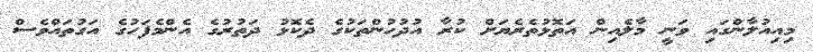
މިއިއުލާންގައި ވަނީ މާލެއިން އަތޮޅުތެރެޔަށް ކުރާ އުދުހުންތަކުގެ ދެކޮޅު ދަތުރުގެ އެންމެފަހުގެ އަގުތައްވެސް